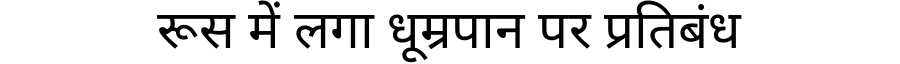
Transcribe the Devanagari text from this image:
रूस में लगा धूम्रपान पर प्रतिबंध